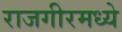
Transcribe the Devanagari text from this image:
राजगीरमध्ये